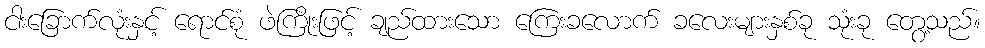
ငါးခြောက်လုံးနှင့် ရောင်စုံ ဖဲကြိုးဖြင့် ချည်ထားသော ကြေးခလောက် ခလေးများနှစ်ခု သုံးခု တွေ့သည်။